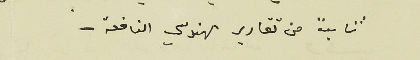
ثابتاً من تقارير مهندسي النافعة -